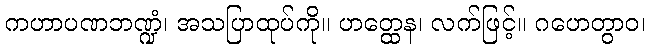
ကဟာပဏဘဏ္ဍံ၊ အသပြာထုပ်ကို။ ဟတ္ထေန၊ လက်ဖြင့်။ ဂဟေတွာဝ၊